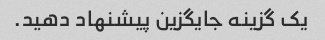
یک گزینه جایگزین پیشنهاد دهید.